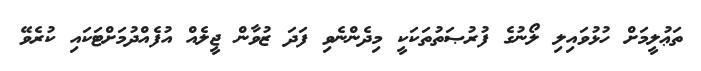
ތަޢުލީމަށް ހުޅުވައިލި ލޯނުގެ ފުރުޞަތުތަކަކީ މިދެންނެވި ފަދަ ޒުވާން ޖީލެއް އުފެއްދުމަށްޓަކައި ކުރެވޭ